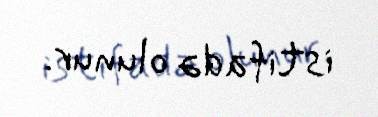
istifadə olunur.